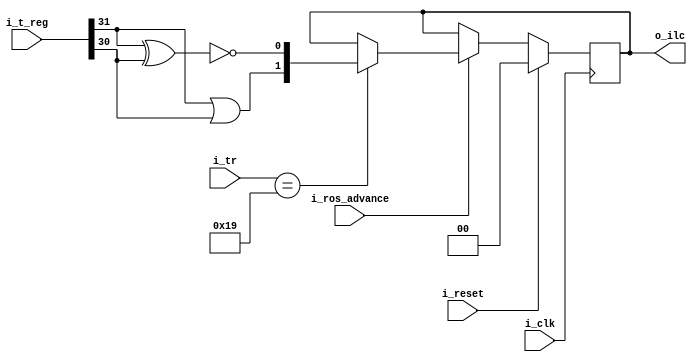
`default_nettype   none

// 2050 psw<32.33>, instruction length code

// A22-6821-0_360PrincOps.pdf
// A22-6821-0 figure 14 "program status word" page 16 [pdf page 16]

module x2050ilc (i_clk, i_reset,
i_ros_advance,
i_tr,
i_t_reg,
o_ilc);

input wire i_clk;
input wire i_reset;
input wire i_ros_advance;
input wire [4:0] i_tr;
input wire [31:0] i_t_reg;
output reg [1:0] o_ilc;

wire b0 = i_t_reg[31-0];
wire b1 = i_t_reg[31-1];

wire [1:0] next_ilc = {b0|b1, ~(b0^b1)};

// ilc register: rp001

always @(posedge i_clk)
	if (i_reset)
		o_ilc <= 0;
	else if (!i_ros_advance)
		;
	else if (i_tr == 5'd25)
		o_ilc <= next_ilc;

endmodule